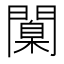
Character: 闑